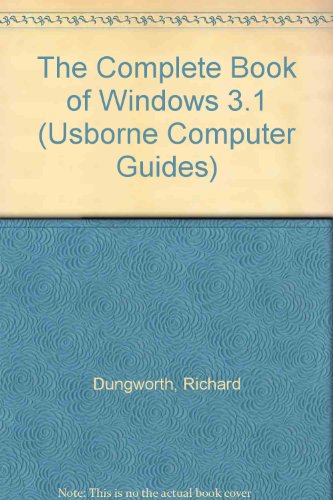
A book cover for The Complete Book of Windows 3.1 (Usborne Computer Guides); Richard Dungworth; Children's Books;